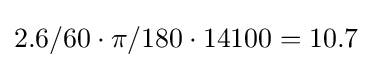
2.6/60\cdot \pi /180\cdot 14100=10.7